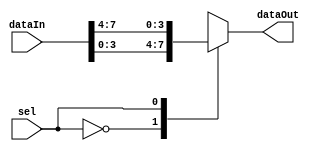
/*
DESCRIPTION
Generic Mux

NOTES
	BIT_WIDTH 	// number of bits for input(s) and output
	DEPTH 		// number of inputs to the mux
	SEL_WIDTH	// width of the select for the mux
	
	dataIn		// vectorized inputs to the mux
	sel			// select value
	dataOut		// output from the selected input
	
TODO
*/

module mux_r0 #(
	parameter BIT_WIDTH = 4,
	parameter DEPTH = 2,
	parameter SEL_WIDTH = log2(DEPTH)
)(
	input [BIT_WIDTH*DEPTH - 1:0] dataIn,
	input [SEL_WIDTH - 1:0] sel,
	output [BIT_WIDTH - 1:0] dataOut
);

/**********
 *  Array Packing Defines 
 **********/
`define PACK_ARRAY(PK_WIDTH,PK_DEPTH,PK_SRC,PK_DEST, BLOCK_ID, GEN_VAR)    genvar GEN_VAR; generate for (GEN_VAR=0; GEN_VAR<(PK_DEPTH); GEN_VAR=GEN_VAR+1) begin: BLOCK_ID assign PK_DEST[((PK_WIDTH)*GEN_VAR+((PK_WIDTH)-1)):((PK_WIDTH)*GEN_VAR)] = PK_SRC[GEN_VAR][((PK_WIDTH)-1):0]; end endgenerate
`define UNPACK_ARRAY(PK_WIDTH,PK_DEPTH,PK_DEST,PK_SRC, BLOCK_ID, GEN_VAR)  genvar GEN_VAR; generate for (GEN_VAR=0; GEN_VAR<(PK_DEPTH); GEN_VAR=GEN_VAR+1) begin: BLOCK_ID assign PK_DEST[GEN_VAR][((PK_WIDTH)-1):0] = PK_SRC[((PK_WIDTH)*GEN_VAR+(PK_WIDTH-1)):((PK_WIDTH)*GEN_VAR)]; end endgenerate

/**********
 * Internal Signals
 **********/
function integer log2; //This is a macro function (no hardware created) which finds the log2, returns log2
   input [31:0] val; //input to the function
   integer 	i;
   begin
      log2 = 0;
      for(i = 0; 2**i < val; i = i + 1)
		log2 = i + 1;
   end
endfunction 

wire [BIT_WIDTH - 1:0] tmp [DEPTH - 1:0]; //input as array

/**********
 * Glue Logic 
 **********/
`UNPACK_ARRAY(BIT_WIDTH,DEPTH,tmp,dataIn, U_BLK_0, idx_0)
 
/**********
 * Synchronous Logic
 **********/
/**********
 * Glue Logic 
 **********/
/**********
 * Components
 **********/
/**********
 * Output Combinatorial Logic
 **********/
 assign dataOut = tmp[sel];
endmodule